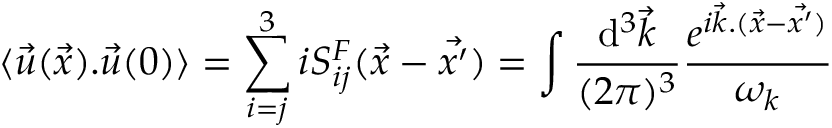
\langle { \vec { u } } ( \vec { x } ) . { \vec { u } } ( 0 ) \rangle = \sum _ { i = j } ^ { 3 } i S _ { i j } ^ { F } ( { \vec { x } } - { \vec { x ^ { \prime } } } ) = \int { \frac { \mathrm { d } ^ { 3 } { \vec { k } } } { ( 2 \pi ) ^ { 3 } } } { { \frac { e ^ { i { \vec { k } } . ( { \vec { x } } - { \vec { x ^ { \prime } } ) } } } { \omega _ { k } } } }